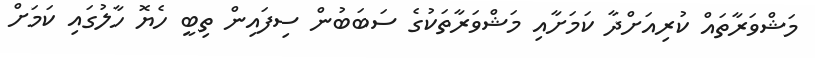
މަޝްވަރާތައް ކުރިއަށްދާ ކަމަށާއި މަޝްވަރާތަކުގެ ސަބަބުން ސިފައިން ތިބީ ހެޔޮ ހާލުގައި ކަމަށް